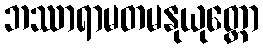
ဘဿာရာမတမနုယုတ္တော